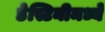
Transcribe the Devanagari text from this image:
डेस्टिनीमध्ये